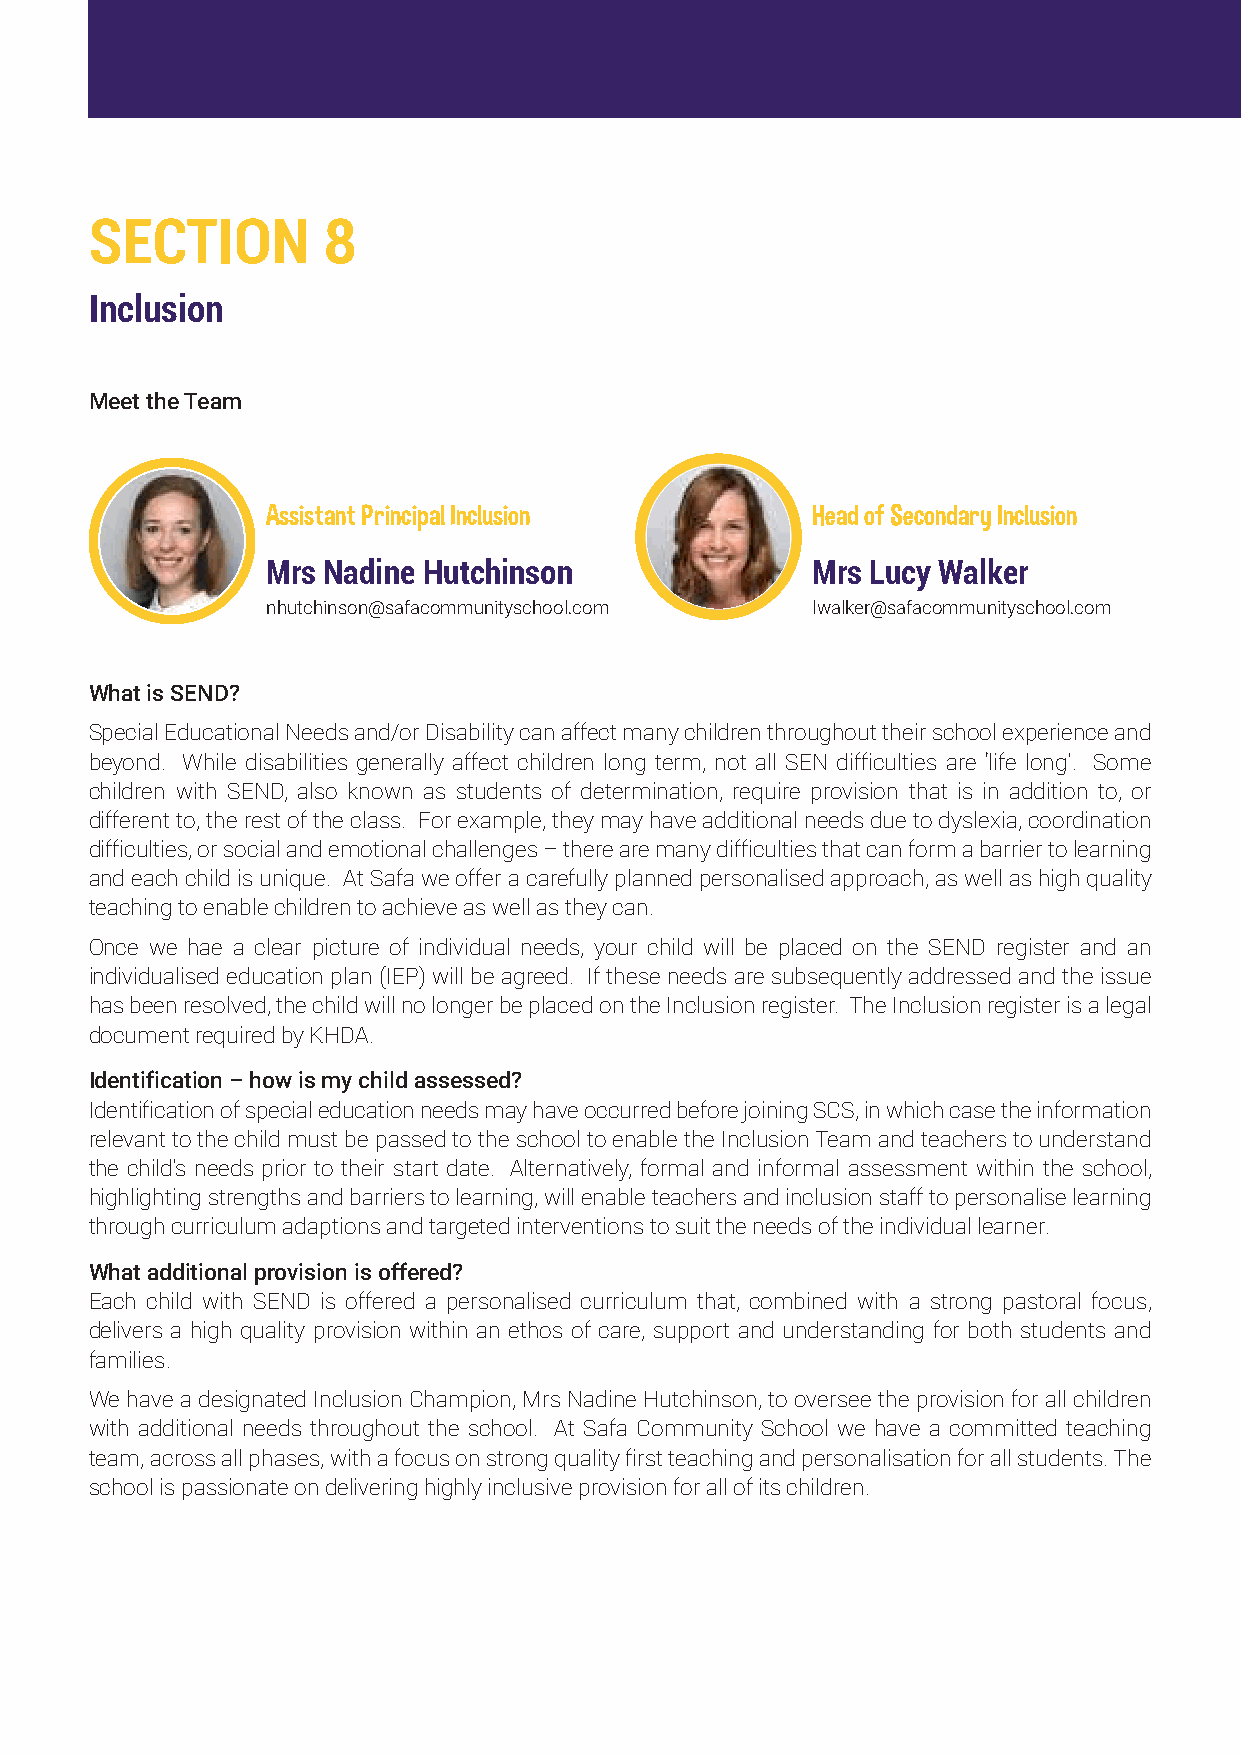
SECTION        8
 Inclusion
 Meet the Team
 Assistant Principal Inclusion       Head of Secondary Inclusion
 Mrs Nadine Hutchinson               Mrs Lucy Walker
 nhutchinson@safacommunityschool.com lwalker@safacommunityschool.com
 What is SEND?
 Special Educational Needs and/or Disability can affect many children throughout their school experience and
 beyond. While disabilities generally affect children long term, not all SEN difficulties are ‘life long’. Some
 children with SEND, also known as students of determination, require provision that is in addition to, or
 different to, the rest of the class. For example, they may have additional needs due to dyslexia, coordination
 difficulties, or social and emotional challenges – there are many difficulties that can form a barrier to learning
 and each child is unique. At Safa we offer a carefully planned personalised approach, as well as high quality
 teaching to enable children to achieve as well as they can.
 Once we hae a clear picture of individual needs, your child will be placed on the SEND register and an
 individualised education plan (IEP) will be agreed. If these needs are subsequently addressed and the issue
 has been resolved, the child will no longer be placed on the Inclusion register. The Inclusion register is a legal
 document required by KHDA.
 Identification – how is my child assessed?
 Identification of special education needs may have occurred before joining SCS, in which case the information
 relevant to the child must be passed to the school to enable the Inclusion Team and teachers to understand
 the child’s needs prior to their start date. Alternatively, formal and informal assessment within the school,
 highlighting strengths and barriers to learning, will enable teachers and inclusion staff to personalise learning
 through curriculum adaptions and targeted interventions to suit the needs of the individual learner.
 What additional provision is offered?
 Each child with SEND is offered a personalised curriculum that, combined with a strong pastoral focus,
 delivers a high quality provision within an ethos of care, support and understanding for both students and
 families.
 We have a designated Inclusion Champion, Mrs Nadine Hutchinson, to oversee the provision for all children
 with additional needs throughout the school. At Safa Community School we have a committed teaching
 team, across all phases, with a focus on strong quality first teaching and personalisation for all students. The
 school is passionate on delivering highly inclusive provision for all of its children.